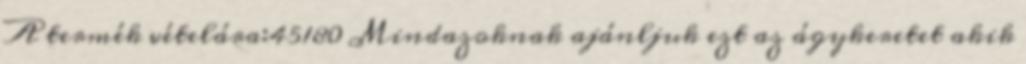
A termék vételára:45180 Mindazoknak ajánljuk ezt az ágykeretet akik